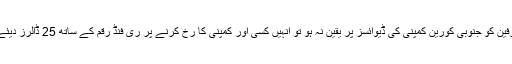
تاہم اگر صارفین کو جنوبی کورین کمپنی کی ڈیوائسز پر یقین نہ ہو تو انہیں کسی اور کمپنی کا رخ کرنے پر ری فنڈ رقم کے ساتھ 25 ڈالرز دیئے جائیں گے۔